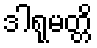
ဒါရုမတ္တိ